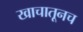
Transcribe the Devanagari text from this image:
खाचातूनच